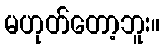
မဟုတ်တော့ဘူး။